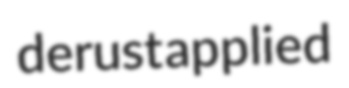
derust applied